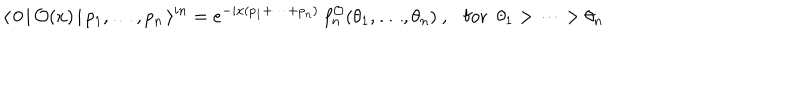
\langle \, 0 \, | \, \mathcal { O } ( x ) \, | \, p _ { 1 } , \dots , p _ { n } \, \rangle ^ { i n } = e ^ { - i x ( p _ { 1 } + \dots + p _ { n } ) } \, f _ { n } ^ { \mathcal { O } } ( \theta _ { 1 } , \dots , \theta _ { n } ) ~ , \mathrm { f o r } ~ ~ \theta _ { 1 } > \dots > \theta _ { n }